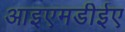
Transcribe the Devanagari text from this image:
आइएमडीईए